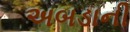
અબડાની